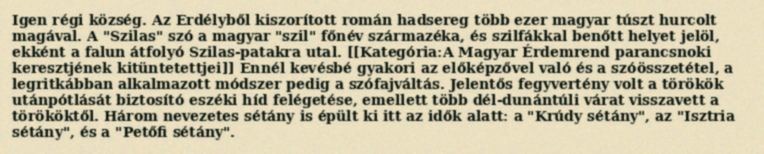
Igen régi község. Az Erdélyből kiszorított román hadsereg több ezer magyar túszt hurcolt magával. A "Szilas" szó a magyar "szil" főnév származéka, és szilfákkal benőtt helyet jelöl, ekként a falun átfolyó Szilas-patakra utal. [[Kategória:A Magyar Érdemrend parancsnoki keresztjének kitüntetettjei]] Ennél kevésbé gyakori az előképzővel való és a szóösszetétel, a legritkábban alkalmazott módszer pedig a szófajváltás. Jelentős fegyvertény volt a törökök utánpótlását biztosító eszéki híd felégetése, emellett több dél-dunántúli várat visszavett a törököktől. Három nevezetes sétány is épült ki itt az idők alatt: a "Krúdy sétány", az "Isztria sétány", és a "Petőfi sétány".